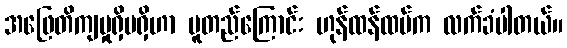
အဖြေတိကျမှုရှိမရှိဟာ မူတည်ကြောင်း ဟုန်ထန်ထပ်က လက်ခံပါတယ်။